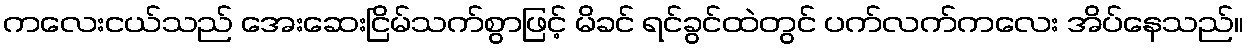
ကလေးငယ်သည် အေးဆေးငြိမ်သက်စွာဖြင့် မိခင် ရင်ခွင်ထဲတွင် ပက်လက်ကလေး အိပ်နေသည်။